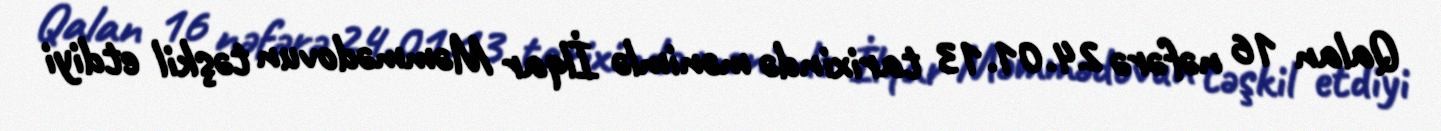
Qalan 16 nəfərə 24.01.13 tarixində mənimlə İlqar Məmmədovun təşkil etdiyi